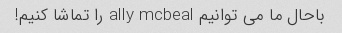
باحال ما می توانیم ally mcbeal را تماشا کنیم!